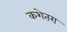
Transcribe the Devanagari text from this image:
कशेतरा